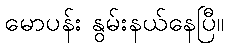
မောပန်း နွမ်းနယ်နေပြီ။